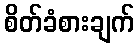
စိတ်ခံစားချက်